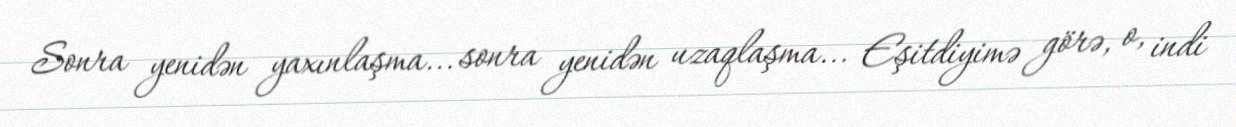
Sonra yenidən yaxınlaşma... sonra yenidən uzaqlaşma... Eşitdiyimə görə, o, indi